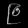
Digit: ၉